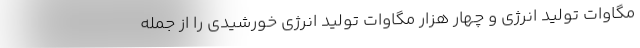
مگاوات تولید انرژی و چهار هزار مگاوات تولید انرژی خورشیدی را از جمله